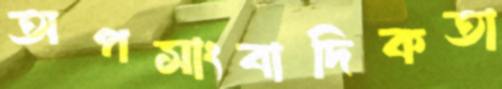
অপসাংবাদিকতা